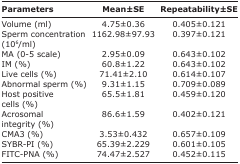
<table><thead><tr><td><b>Parameters</b></td><td><b>Mean±SE</b></td><td><b>Repeatability±SE</b></td></tr></thead><tbody><tr><td>Volume (ml)</td><td>4.75±0.36</td><td>0.405±0.121</td></tr><tr><td>Sperm concentration (10<sup>6</sup>/ml)</td><td>1162.98±97.93</td><td>0.397±0.121</td></tr><tr><td>MA (0-5 scale)</td><td>2.95±0.09</td><td>0.643±0.102</td></tr><tr><td>IM (%)</td><td>60.8±1.22</td><td>0.643±0.102</td></tr><tr><td>Live cells (%)</td><td>71.41±2.10</td><td>0.614±0.107</td></tr><tr><td>Abnormal sperm (%)</td><td>9.31±1.15</td><td>0.709±0.089</td></tr><tr><td>Host positive cells (%)</td><td>65.5±1.81</td><td>0.459±0.120</td></tr><tr><td>Acrosomal integrity (%)</td><td>86.6±1.59</td><td>0.402±0.121</td></tr><tr><td>CMA3 (%)</td><td>3.53±0.432</td><td>0.657±0.109</td></tr><tr><td>SYBR-PI (%)</td><td>65.39±2.229</td><td>0.601±0.105</td></tr><tr><td>FITC-PNA (%)</td><td>74.47±2.527</td><td>0.452±0.115</td></tr></tbody></table>